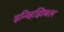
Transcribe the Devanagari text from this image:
इन्व्हिझिबल